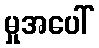
မှုအပေါ်